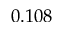
0 . 1 0 8